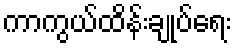
ကာကွယ်ထိန်းချုပ်ရေး